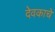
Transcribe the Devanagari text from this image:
देवकाचे